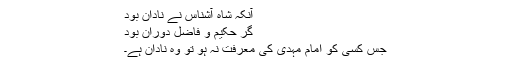
آنکہ شاہ آشناس نے نادان بود
گر حکیم و فاضل دوران بود
جس کسی کو امام مہدی کی معرفت نہ ہو تو وہ نادان ہے۔